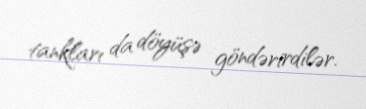
tankları da döyüşə göndərirdilər.